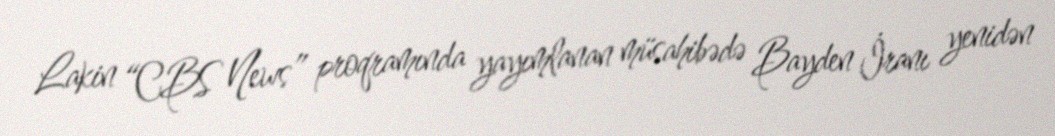
Lakin “CBS News” proqramında yayımlanan müsahibədə Bayden İranı yenidən